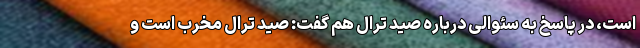
است، در پاسخ به سئوالی درباره صید ترال هم گفت: صید ترال مخرب است و